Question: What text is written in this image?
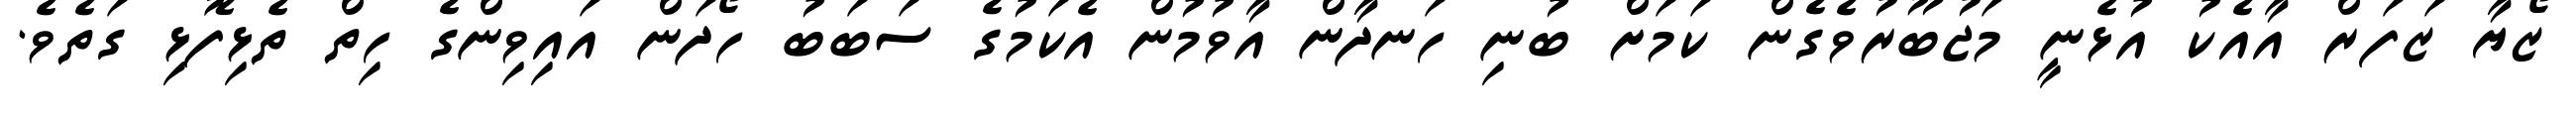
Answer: ޒޯޔާ ޒަފަރް އާއެކު އުޅެނީ މަޖުބޫރުވެގެން ކަމަށް ބުނި ހަނދާން އާވުމުން އެކަމުގެ ސަބަބު ހޯދަން އައިވިންގެ ހިތް ތެޅިފޮޅި ގަތެވެ.